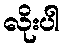
လိုးပါ